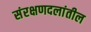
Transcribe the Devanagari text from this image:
संरक्षणदलांतील